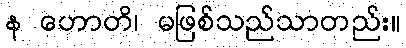
န ဟောတိ၊ မဖြစ်သည်သာတည်း။